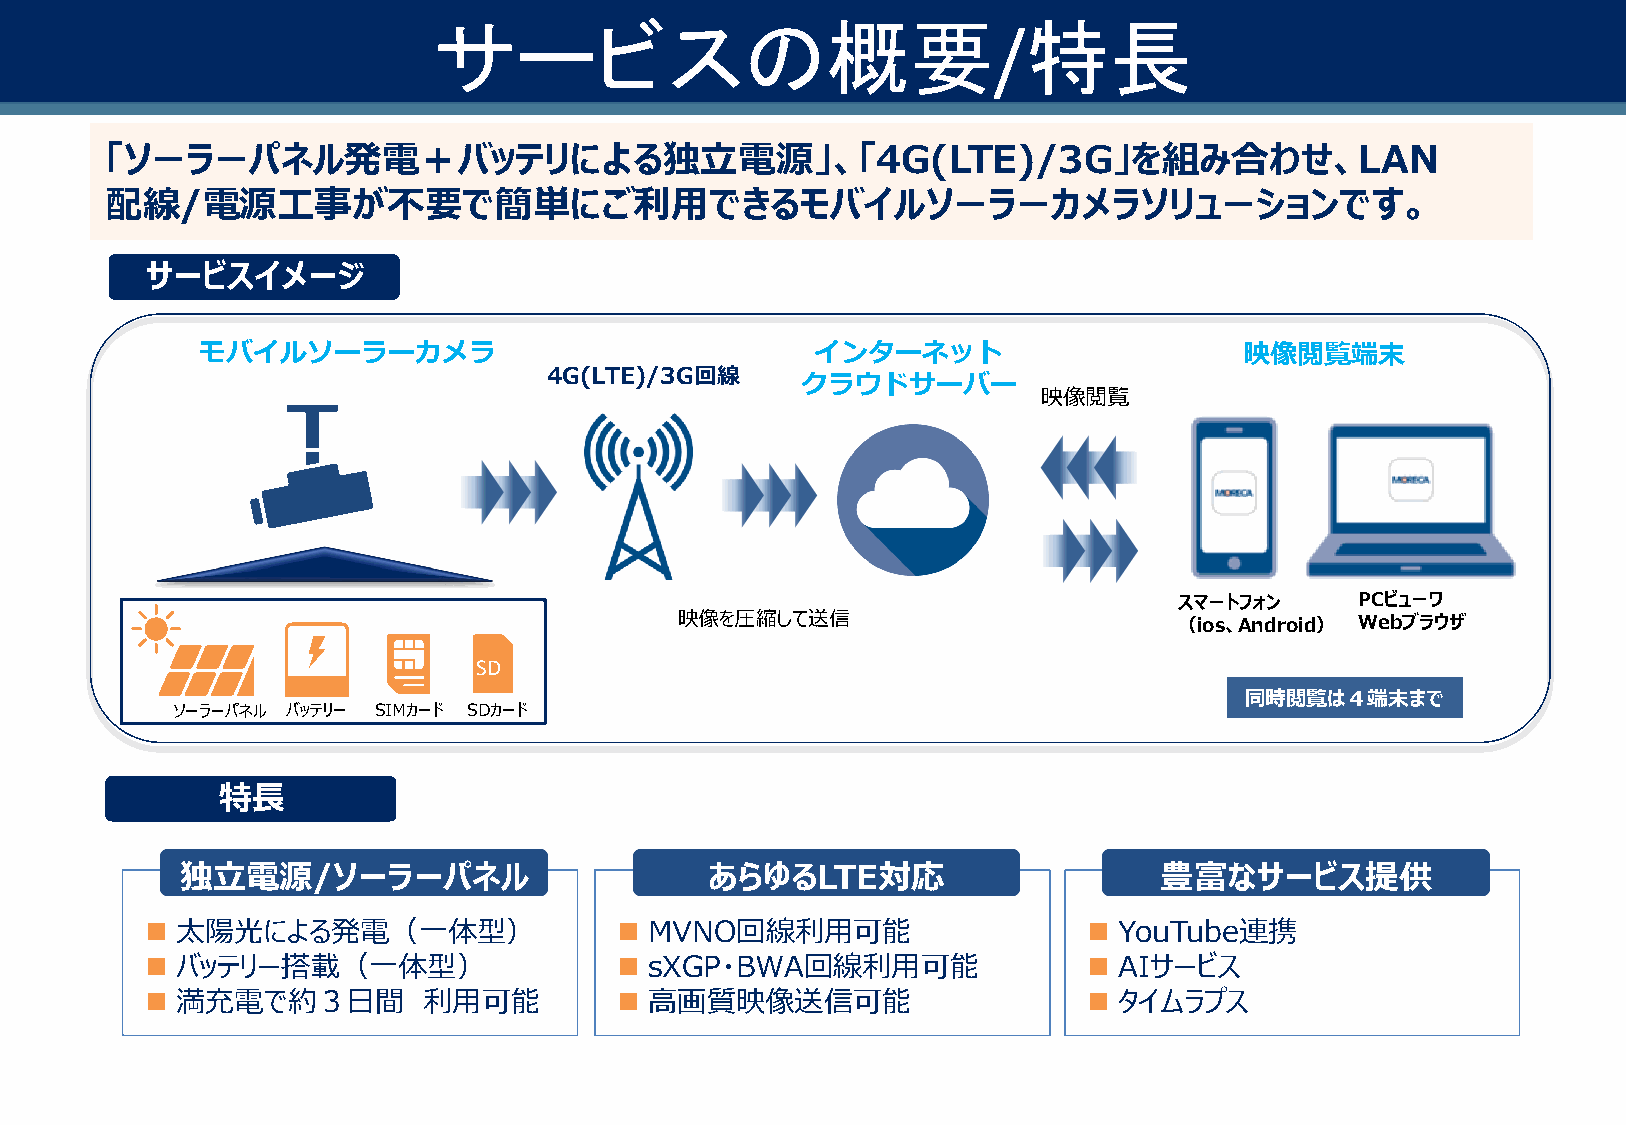
サービスの概要                                特長
 /
 「ソーラーパネル発電＋バッテリによる独立電源」、「4G(LTE)/3G」を組み合わせ、LAN
 配線/電源工事が不要で簡単にご利用できるモバイルソーラーカメラソリューションです。
 サービスイメージ
 モバイルソーラーカメラ                              インターネット                     映像閲覧端末
 4G(LTE)/3G回線
 クラウドサーバー
 映像閲覧
 スマートフォン     PCビューワ
 映像を圧縮して送信                        （ios、Android） Webブラウザ
 SD
 同時閲覧は４端末まで
 ソーラーパネル バッテリー SIMカード SDカード
 特長
 独立電源/ソーラーパネル                       あらゆるLTE対応                     豊富なサービス提供
                                                             
 太陽光による発電（一体型）                  MVNO回線利用可能                     YouTube連携
                                                             
 バッテリー搭載（一体型）                   sXGP・BWA回線利用可能                 AIサービス
                                                             
 満充電で約３日間        利用可能           高画質映像送信可能                      タイムラプス